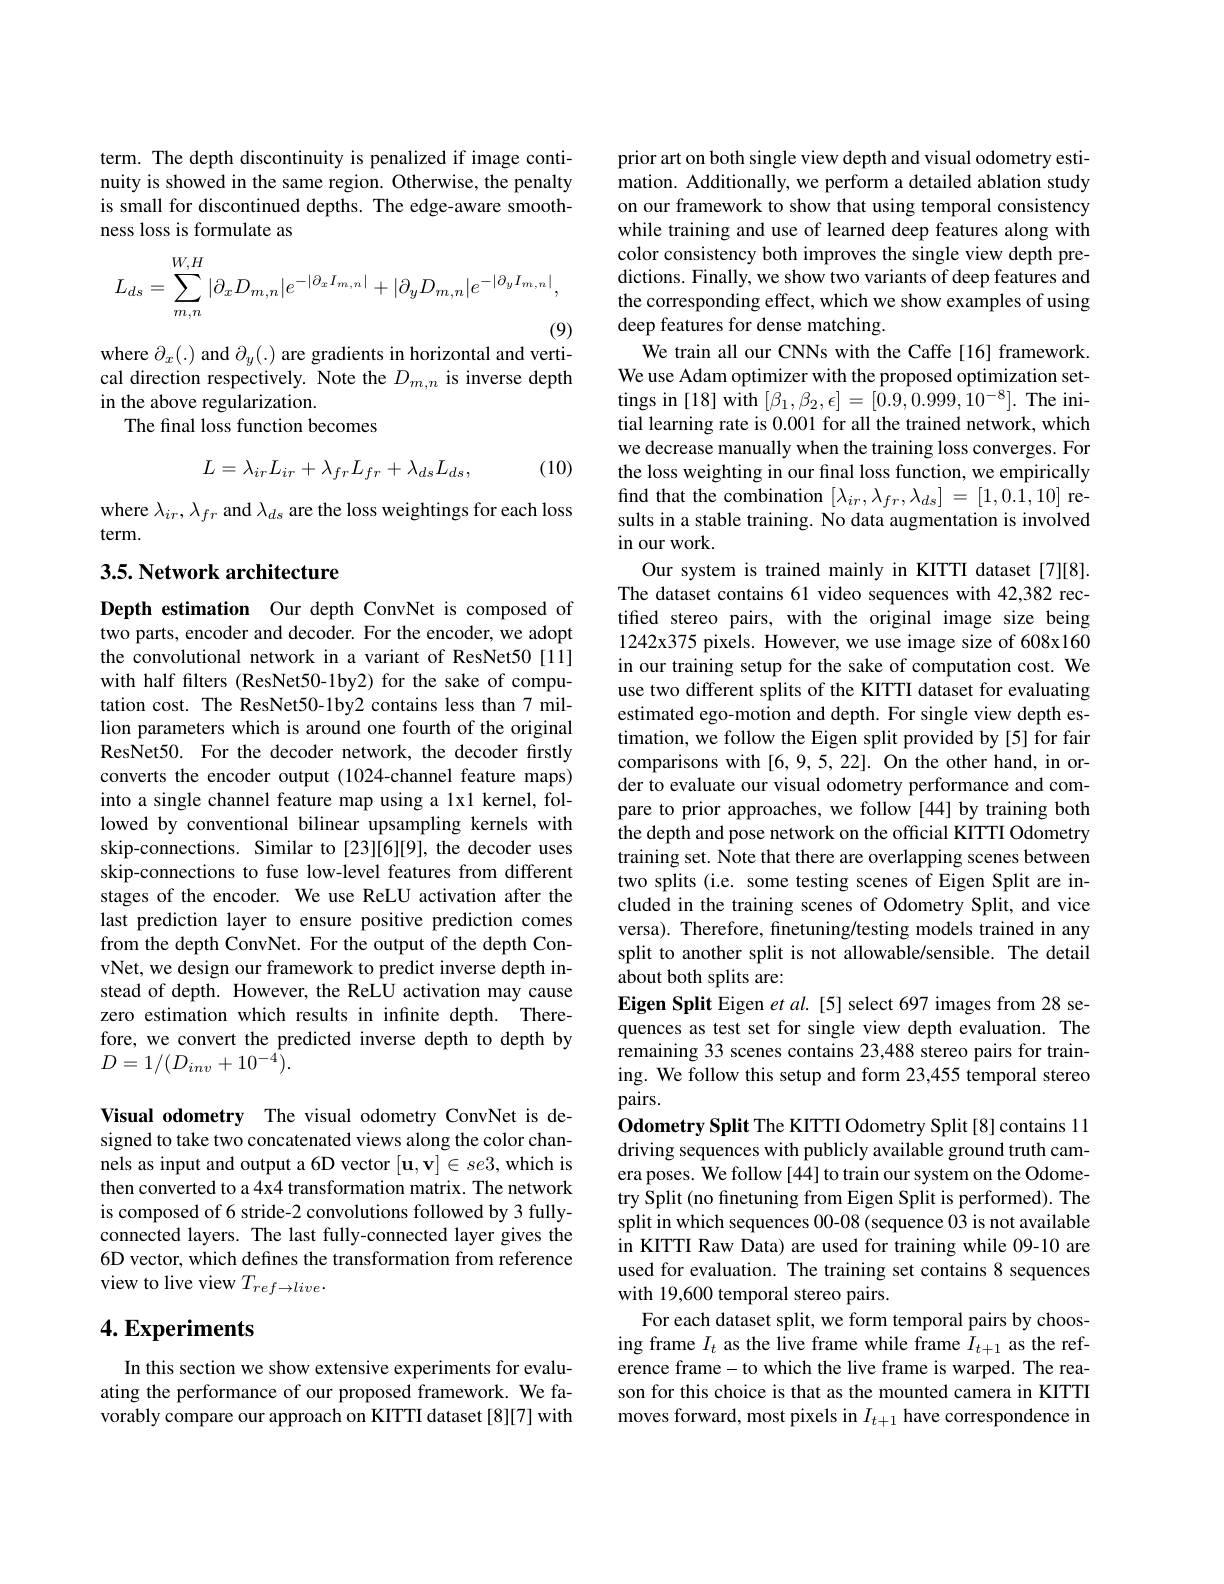
term. The depth discontinuity is penalized if image continuity is showed in the same region. Otherwise, the penalty is small for discontinued depths. The edge-aware smoothness loss is formulate as
$$L_{ds}=\sum_{m,n}^{W,H}|\partial_{x}D_{m,n}|e^{-|\partial_{x}I_{m,n}|}+|\partial_{y}D_{m,n}|e^{-|\partial_{y}I_{m,n}|},$$
where $\partial_x(.)$ and $\partial_y(.)$ are gradients in horizontal and verti-

cal direction respectively. Note the $D_m,n$ is inverse depth
in the above regularization.
The final loss function becomes

(10)
$$L=\lambda_{ir}L_{ir}+\lambda_{fr}L_{fr}+\lambda_{ds}L_{ds},$$
where $\lambda_ir,\lambda_{fr}$ and $\lambda_ds$ are the loss weightings for each loss
term.

## 3.5. Network architecture

Depth estimation Our depth ConvNet is composed of two parts, encoder and decoder. For the encoder, we adopt the convolutional network in a variant of ResNet50[11] with half filters (ResNet50-1by2) for the sake of computation cost. The ResNet50-1by2 contains less than 7 million parameters which is around one fourth of the original ResNet50. For the decoder network, the decoder firstly converts the encoder output (1024-channel feature maps) into a single channel feature map using a 1x1 kernel, followed by conventional bilinear upsampling kernels with skip-connections. Similar to [23][6][9], the decoder uses skip-connections to fuse low-level features from different stages of the encoder. We use ReLU activation after the last prediction layer to ensure positive prediction comes from the depth ConvNet. For the output of the depth ConvNet, we design our framework to predict inverse depth instead of depth. However, the ReLU activation may cause zero estimation which results in infinite depth. Therefore, we convert the predicted inverse depth to depth by $D=1/(D_{inv}+10^{-4}).$

Visual odometry The visual odometry ConvNet is designed to take two concatenated views along the color channels as input and output a 6D vector $[\mathbf{u},\mathbf{v}]\in se3$,which is then converted to a 4x4 transformation matrix. The network is composed of 6 stride-2 convolutions followed by 3 fullyconnected layers. The last fully-connected layer gives the 6D vector, which defines the transformation from reference view to live view $T_{ref\to live}.$

## 4. Experiments

In this section we show extensive experiments for evaluating the performance of our proposed framework. We favorably compare our approach on KITTI dataset [8][7] with

prior art on both single view depth and visual odometry estimation. Additionally, we perform a detailed ablation study on our framework to show that using temporal consistency while training and use of learned deep features along with color consistency both improves the single view depth predictions. Finally, we show two variants of deep features and the corresponding effect, which we show examples of using deep features for dense matching.
We train all our CNNs with the Caffe[16] framework. We use Adam optimizer with the proposed optimization settings in [18] with $[\beta_{1},\beta_{2},\epsilon]=[\hat{0.9},\hat{0.999},\hat{1}0^{-8}].$ The initial learning rate is 0.001 for all the trained network, which we decrease manually when the training loss converges. For the loss weighting in our fınal loss function, we empirically find that the combination $[\lambda_{ir},\lambda_{fr},\lambda_{ds}]=[1,0.1,10]$ results in a stable training. No data augmentation is involved in our work.
Our system is trained mainly in KITTI dataset [7][8]. The dataset contains 61 video sequences with 42,382 rectified stereo pairs, with the original image size being $1242x375$ pixels. However, we use image size of 608x160 in our training setup for the sake of computation cost. We use two different splits of the KITTI dataset for evaluating estimated ego-motion and depth. For single view depth estimation, we follow the Eigen split provided by [5] for fair comparisons with [6,9,5,22]. On the other hand, in order to evaluate our visual odometry performance and compare to prior approaches, we follow [44] by training both the depth and pose network on the official KITTI Odometry training set. Note that there are overlapping scenes between two splits (i.e. some testing scenes of Eigen Split are included in the training scenes of Odometry Split, and vice versa). Therefore, finetuning/testing models trained in any split to another split is not allowable/sensible. The detail about both splits are:
Eigen Split Eigen et al. [5] select 697 images from 28 sequences as test set for single view depth evaluation. The remaining 33 scenes contains 23,488 stereo pairs for training. We follow this setup and form 23,455 temporal stereo pairs.
Odometry Split The KITTI Odometry Split[8] contains 11 driving sequences with publicly available ground truth camera poses. We follow [44] to train our system on the Odometry Split (no finetuning from Eigen Split is performed). The split in which sequences 00-08 (sequence 03 is not available in KITTI Raw Data) are used for training while 09-10 are used for evaluation. The training set contains 8 sequences with 19,600 temporal stereo pairs.
For each dataset split, we form temporal pairs by choosing frame $I_t$ as the live frame while frame $I_t+1$ as the reference frame-to which the live frame is warped. The reason for this choice is that as the mounted camera in KITTI moves forward, most pixels in $I_{t+1}$ have correspondence in